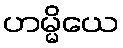
ဟမ္မိယေ